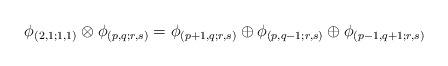
LaTeX: \begin{align*}\phi_{(2,1;1,1)} \otimes \phi_{(p,q;r,s)} =\phi_{(p+1,q;r,s)} \oplus \phi_{(p,q-1;r,s)}\oplus \phi_{(p-1,q+1;r,s)}\end{align*}